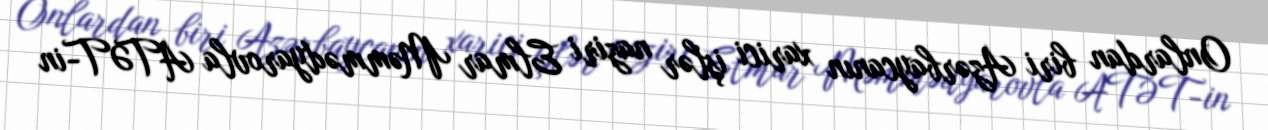
Onlardan biri Azərbaycanın xarici işlər naziri Elmar Məmmədyarovla ATƏT-in